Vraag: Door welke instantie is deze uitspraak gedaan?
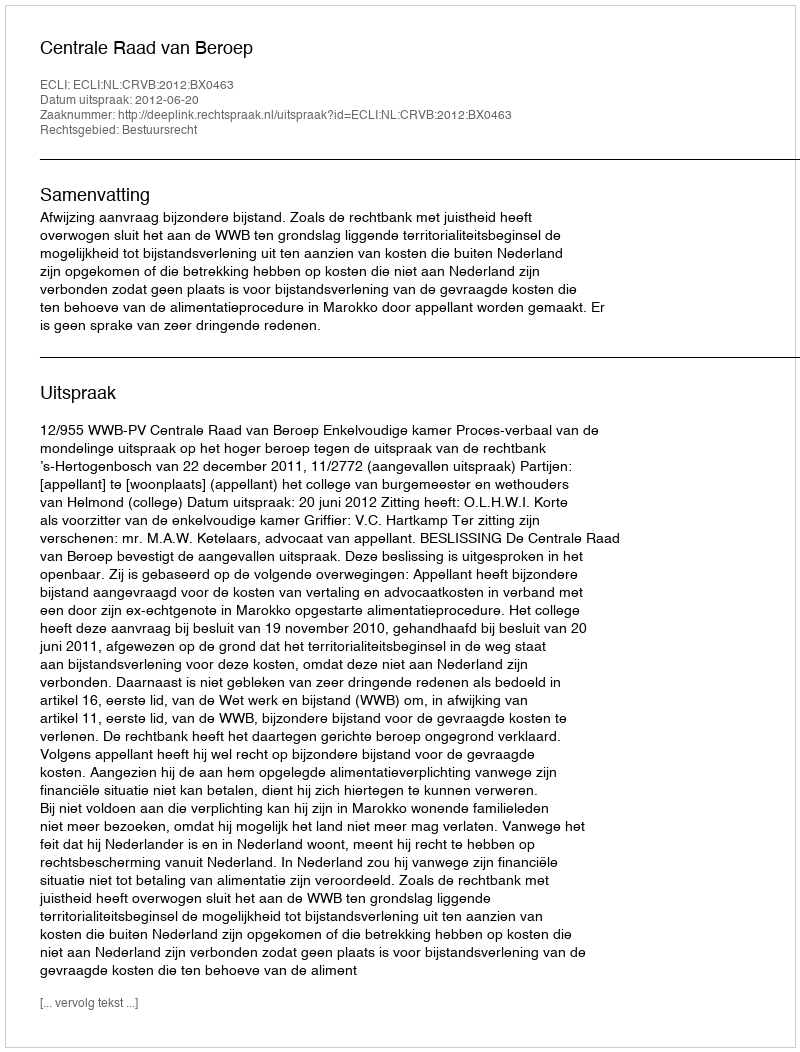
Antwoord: Centrale Raad van Beroep